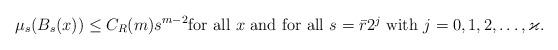
LaTeX: \begin{align*}\mu_s (B_s (x)) \leq C_R (m)s ^{m-2} \mbox{for all $x$ and for all $s= \bar r 2^j$ with $j=0, 1, 2, \ldots, \varkappa$.}\end{align*}